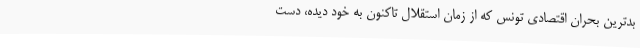
بدترین بحران اقتصادی تونس که از زمان استقلال تاکنون به خود دیده، دست